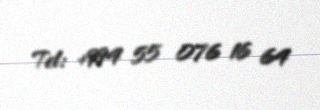
Tel: +994 55 076 16 64